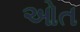
ઓત